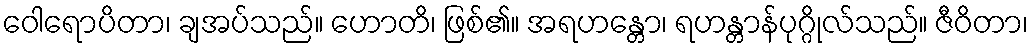
ဝေါရောပိတာ၊ ချအပ်သည်။ ဟောတိ၊ ဖြစ်၏။ အရဟန္တော၊ ရဟန္တာန်ပုဂ္ဂိုလ်သည်။ ဇီဝိတာ၊